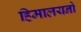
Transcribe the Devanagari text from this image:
हिमालयनो